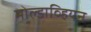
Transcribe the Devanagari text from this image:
मोल्डाव्हियन